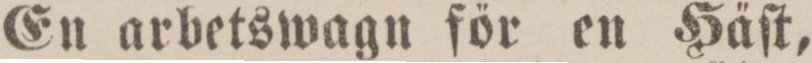
En arbetswagn för en Häſt,